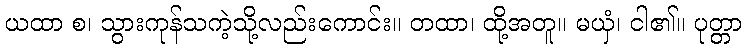
ယထာ စ၊ သွားကုန်သကဲ့သို့လည်းကောင်း။ တထာ၊ ထို့အတူ။ မယှံ၊ ငါ၏။ ပုတ္တာ